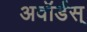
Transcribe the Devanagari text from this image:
अवॉर्डस्